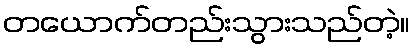
တယောက်တည်းသွားသည်တဲ့။